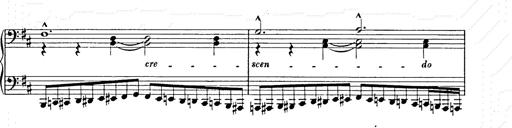
Title: Ballade No.2
Composer: Jan Skrzydlewski
Key: B minor